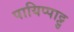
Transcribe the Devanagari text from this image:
पायिप्पाट्टु